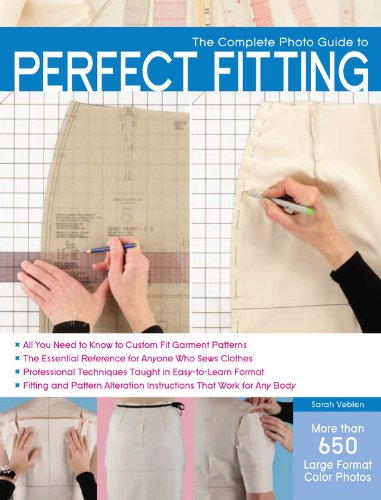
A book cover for The Complete Photo Guide to Perfect Fitting; Sarah Veblen; Crafts, Hobbies & Home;